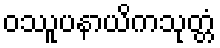
ဝဿူပနာယိကသုတ္တံ